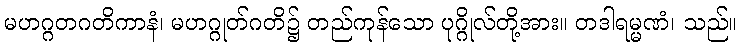
မဟဂ္ဂတဂတိကာနံ၊ မဟဂ္ဂုတ်ဂတိ၌ တည်ကုန်သော ပုဂ္ဂိုလ်တို့အား။ တဒါရမ္မဏံ၊ သည်။